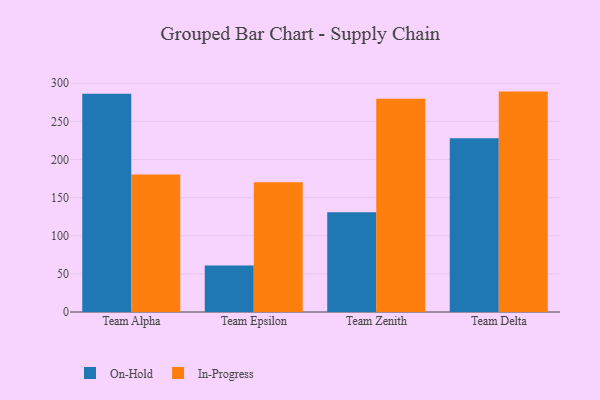
{"axis": {"x": "Team", "y": "Energy Usage (MWh)"}, "legend": ["In-Progress", "On-Hold"], "data": [{"x": "Team Alpha", "y": 286.1, "type": "On-Hold"}, {"x": "Team Alpha", "y": 180.4, "type": "In-Progress"}, {"x": "Team Epsilon", "y": 61.1, "type": "On-Hold"}, {"x": "Team Epsilon", "y": 170.0, "type": "In-Progress"}, {"x": "Team Zenith", "y": 130.9, "type": "On-Hold"}, {"x": "Team Zenith", "y": 279.5, "type": "In-Progress"}, {"x": "Team Delta", "y": 227.9, "type": "On-Hold"}, {"x": "Team Delta", "y": 289.0, "type": "In-Progress"}]}